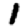
Digit: 1